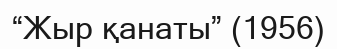
“Жыр қанаты” (1956)